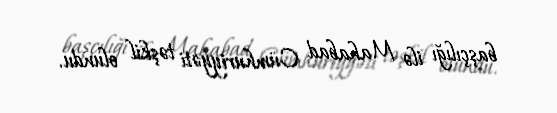
başçılığı ilə Mahabad Cümhuriyyəti təşkil olundu.